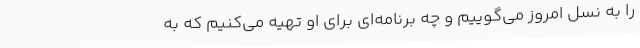
را به نسل امروز می‌گوییم و چه برنامه‌ای برای او تهیه می‌کنیم که به